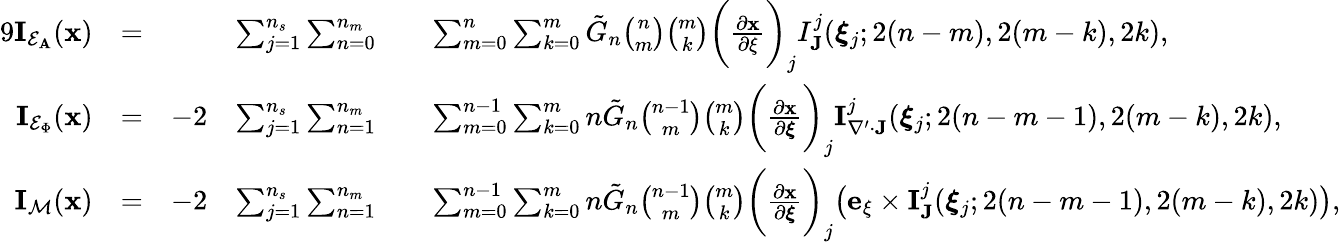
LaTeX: \begin{array}{rlrlrl}{{9}\mathbf{I}_{\mathcal{E}_{\mathbf{A}}}(\mathbf{x})}&{=}&&{\sum_{j=1}^{n_{s}}\sum_{n=0}^{n_{m}}}&&{\sum_{m=0}^{n}\sum_{k=0}^{m}\tilde{G}_{n}\binom{n}{m}\binom{m}{k}\bigg(\frac{\partial\mathbf{x}}{\partial\xi}\bigg)_{j}I_{\mathbf{J}}^{j}(\boldsymbol{\xi}_{j};2(n-m),2(m-k),2k),}\\ {\mathbf{I}_{\mathcal{E}_{\Phi}}(\mathbf{x})}&{=}&{-2}&{\sum_{j=1}^{n_{s}}\sum_{n=1}^{n_{m}}}&&{\sum_{m=0}^{n-1}\sum_{k=0}^{m}n\tilde{G}_{n}\binom{n-1}{m}\binom{m}{k}\bigg(\frac{\partial\mathbf{x}}{\partial\boldsymbol{\xi}}\bigg)_{j}\mathbf{I}_{\nabla^{\prime}\cdot\mathbf{J}}^{j}(\boldsymbol{\xi}_{j};2(n-m-1),2(m-k),2k),}\\ {\mathbf{I}_{\mathcal{M}}(\mathbf{x})}&{=}&{-2}&{\sum_{j=1}^{n_{s}}\sum_{n=1}^{n_{m}}}&&{\sum_{m=0}^{n-1}\sum_{k=0}^{m}n\tilde{G}_{n}\binom{n-1}{m}\binom{m}{k}\bigg(\frac{\partial\mathbf{x}}{\partial\boldsymbol{\xi}}\bigg)_{j}\big(\mathbf{e}_{\xi}\times\mathbf{I}_{\mathbf{J}}^{j}(\boldsymbol{\xi}_{j};2(n-m-1),2(m-k),2k)\big),}\end{array}